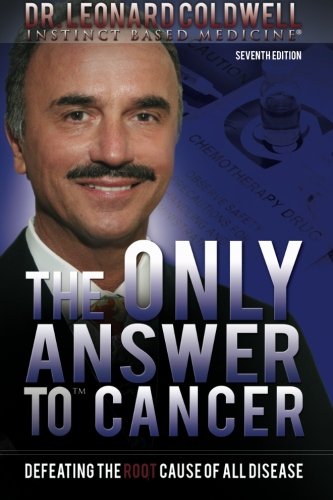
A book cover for The Only Answer to Cancer; Dr. Leonard Coldwell; Health, Fitness & Dieting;